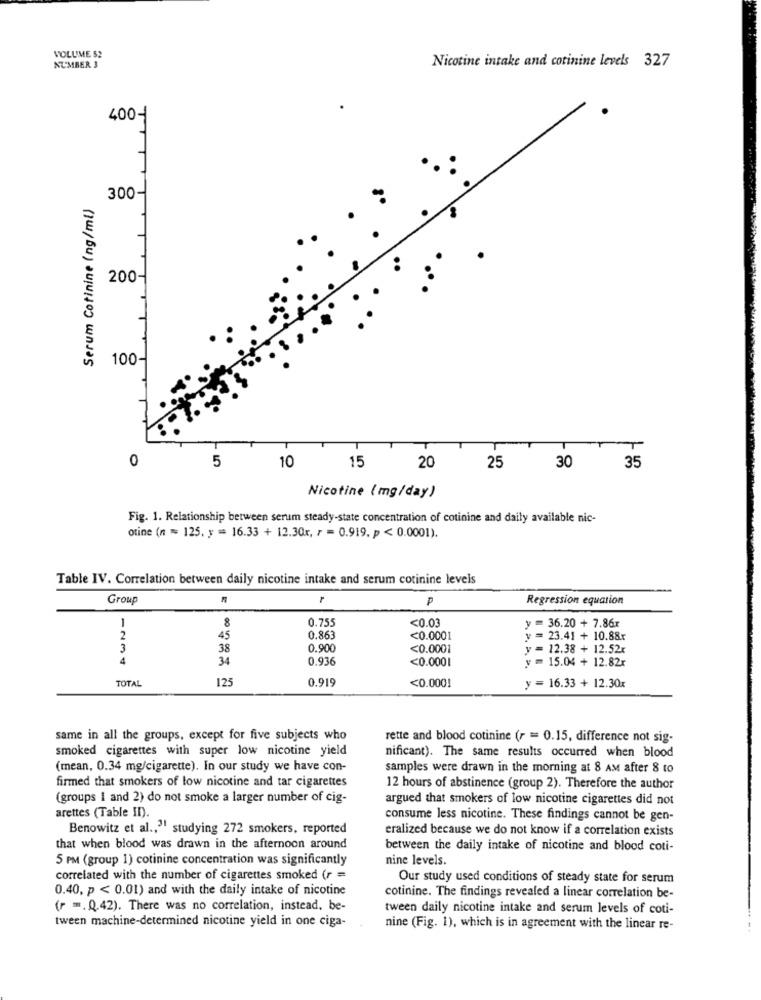
VOLUME 52
Nicotine intake and cotinine levels 327
NUMBER 3
400-
Serum Cotinine (ng/ml)
300-
200-
100-
-T
0
5
10
15
30
35
20
25
Nicotine (mg/day)
Fig. 1. Relationship between serum steady-state concentration of cotinine and daily available nic-
otine (n = 125. y = 16.33 + 12.30x, r = 0.919. p < 0.0001).
Table IV. Correlation between daily nicotine intake and serum cotinine levels
Group
P
Regression equation
1
8
0.755
<0.03
y =36.20 +7.86x
2
45
0.863
<0.0001
y =23.41 + 10.88x
3
38
0.900
<0.0001
y = 12.38 + 12.52x
4
34
0.936
<0.0001
v= 15.04 + 12.82x
TOTAL
125
0.919
<0.000!
y=16.33 + 12.30x
same in all the groups, except for five subjects who
rette and blood cotinine (r = 0.15, difference not sig-
smoked cigarettes with super low nicotine yield
nificant). The same results occurred when blood
(mean, 0.34 mg/cigarette). In our study we have con-
samples were drawn in the morning at 8 AM after 8 to
firmed that smokers of low nicotine and tar cigarettes
12 hours of abstinence (group 2). Therefore the author
(groups I and 2) do not smoke a larger number of cig-
argued that smokers of low nicotine cigarettes did not
arettes (Table II).
consume less nicotine. These findings cannot be gen-
Benowitz et al ., " studying 272 smokers, reported
eralized because we do not know if a correlation exists
that when blood was drawn in the afternoon around
between the daily intake of nicotine and blood coti-
5 PM (group 1) cotinine concentration was significantly
nine levels.
correlated with the number of cigarettes smoked (r =
Our study used conditions of steady state for serum
0.40, p < 0.01) and with the daily intake of nicotine
cotinine. The findings revealed a linear correlation be-
(r =.. Q.42). There was no correlation, instead, be-
tween daily nicotine intake and serum levels of coti-
tween machine-determined nicotine yield in one ciga-
nine (Fig. 1), which is in agreement with the linear re-